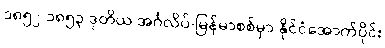
၁၈၅၂-၁၈၅၃ ဒုတိယ အင်္ဂလိပ်-မြန်မာစစ်မှာ နိုင်ငံအောက်ပိုင်း